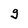
Character: g